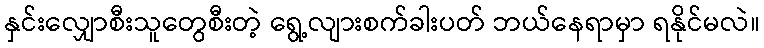
နှင်းလျှောစီးသူတွေစီးတဲ့ ရွေ့လျားစက်ခါးပတ် ဘယ်နေရာမှာ ရနိုင်မလဲ။